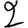
Digit: 2